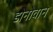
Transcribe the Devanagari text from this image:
डोनोवान